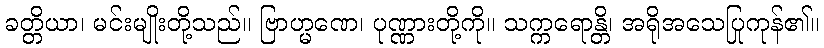
ခတ္တိယာ၊ မင်းမျိုးတို့သည်။ ဗြာဟ္မဏေ၊ ပုဏ္ဏားတို့ကို။ သက္ကရောန္တိ၊ အရိုအသေပြုကုန်၏။